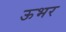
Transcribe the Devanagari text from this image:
ऊभर